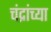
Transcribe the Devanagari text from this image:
चंद्रांच्या